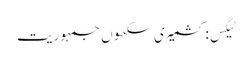
ٹیگس: کشمیری سکھوں جمہوریت